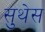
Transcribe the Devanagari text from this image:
सुथेस